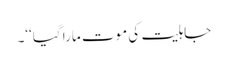
جاہلیت کی موت مارا گیا‘‘۔